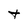
Character: t